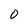
Character: O